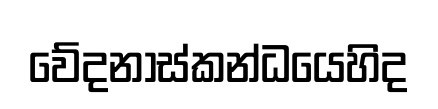
වේදනාස්කන්ධයෙහිද